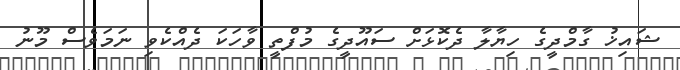
ޝައިޚު ގާމްދީގެ ހިޔާލާ ދެކޮޅަށް ސައޫދީގެ މުފްތީ ވާހަކަ ދެއްކެވި ނަމަވެސް މޫނު